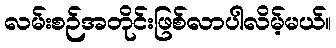
လမ်းစဉ်အတိုင်းဖြစ်လာပါလိမ့်မယ်။